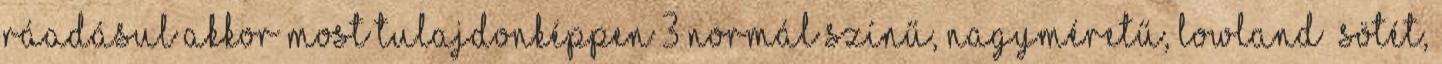
Ráadásul akkor most tulajdonképpen 3 normál színű, nagyméretű, lowland sötét,